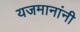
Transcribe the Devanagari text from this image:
यजमानांनी